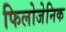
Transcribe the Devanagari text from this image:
फिलोजेनिक